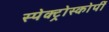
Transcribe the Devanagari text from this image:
स्‍पेक्‍ट्रोस्‍कोर्पी